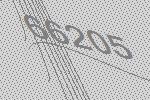
66205